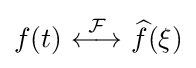
f(t)\ {\stackrel {\mathcal {F}}{\longleftrightarrow }}\ {\widehat {f}}(\xi )